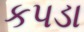
કપડા